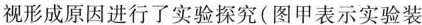
视形成原因进行了实验探究(图甲表示实验装